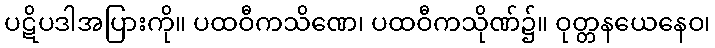
ပဋိပဒါအပြားကို။ ပထဝီကသိဏေ၊ ပထဝီကသိုဏ်၌။ ဝုတ္တနယေနေဝ၊